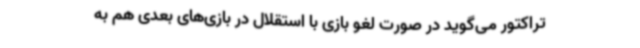
تراکتور می‌گوید در صورت لغو بازی با استقلال در بازی‌های بعدی هم به